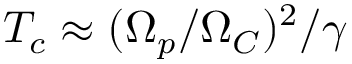
T _ { c } \approx ( \Omega _ { p } / \Omega _ { C } ) ^ { 2 } / \gamma